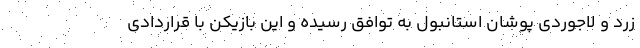
زرد و لاجوردی پوشان استانبول به توافق رسیده و این بازیکن با قراردادی